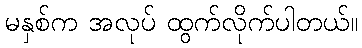
မနှစ်က အလုပ် ထွက်လိုက်ပါတယ်။